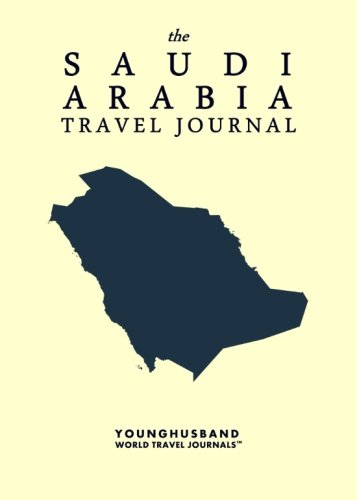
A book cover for The Saudi Arabia Travel Journal; Younghusband World Travel Journals; Travel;